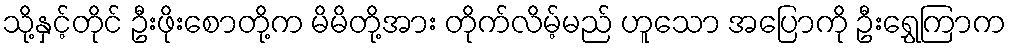
သို့နှင့်တိုင် ဦးဖိုးစောတို့က မိမိတို့အား တိုက်လိမ့်မည် ဟူသော အပြောကို ဦးရွှေကြာက